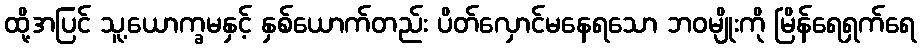
ထို့အပြင် သူ့ယောက္ခမနှင့် နှစ်ယောက်တည်း ပိတ်လှောင်မနေရသော ဘဝမျိုးကို မြိန်ရေရှက်ရေ